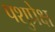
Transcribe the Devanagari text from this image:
पशुप्रेक्ष